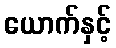
ယောက်နှင့်